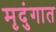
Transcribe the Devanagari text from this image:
मृदुंगात